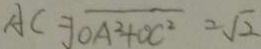
A C = \sqrt { O A ^ { 2 } + O C ^ { 2 } } = \sqrt { 2 }